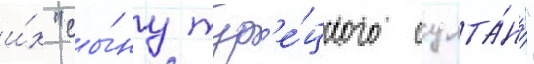
и́х "сы́ну тур'е́цкого султа́на"